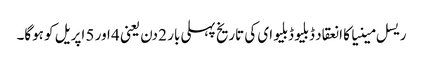
ریسل مینیا کا انعقاد ڈبلیو ڈبلیو ای کی تاریخ پہلی بار 2 دن یعنی 4 اور 5 اپریل کو ہوگا۔